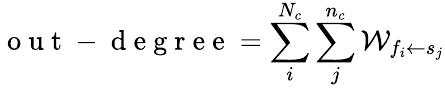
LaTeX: \mathrm{~o~u~t~-~d~e~g~r~e~e~}=\sum_{i}^{N_{c}}\sum_{j}^{n_{c}}\mathcal{W}_{f_{i}\leftarrow s_{j}}